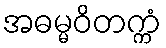
အဓမ္မဝိတက္ကံ